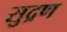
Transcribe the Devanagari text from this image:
सुद्रण